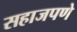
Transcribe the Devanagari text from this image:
सहाजपणे